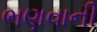
ભણવાની